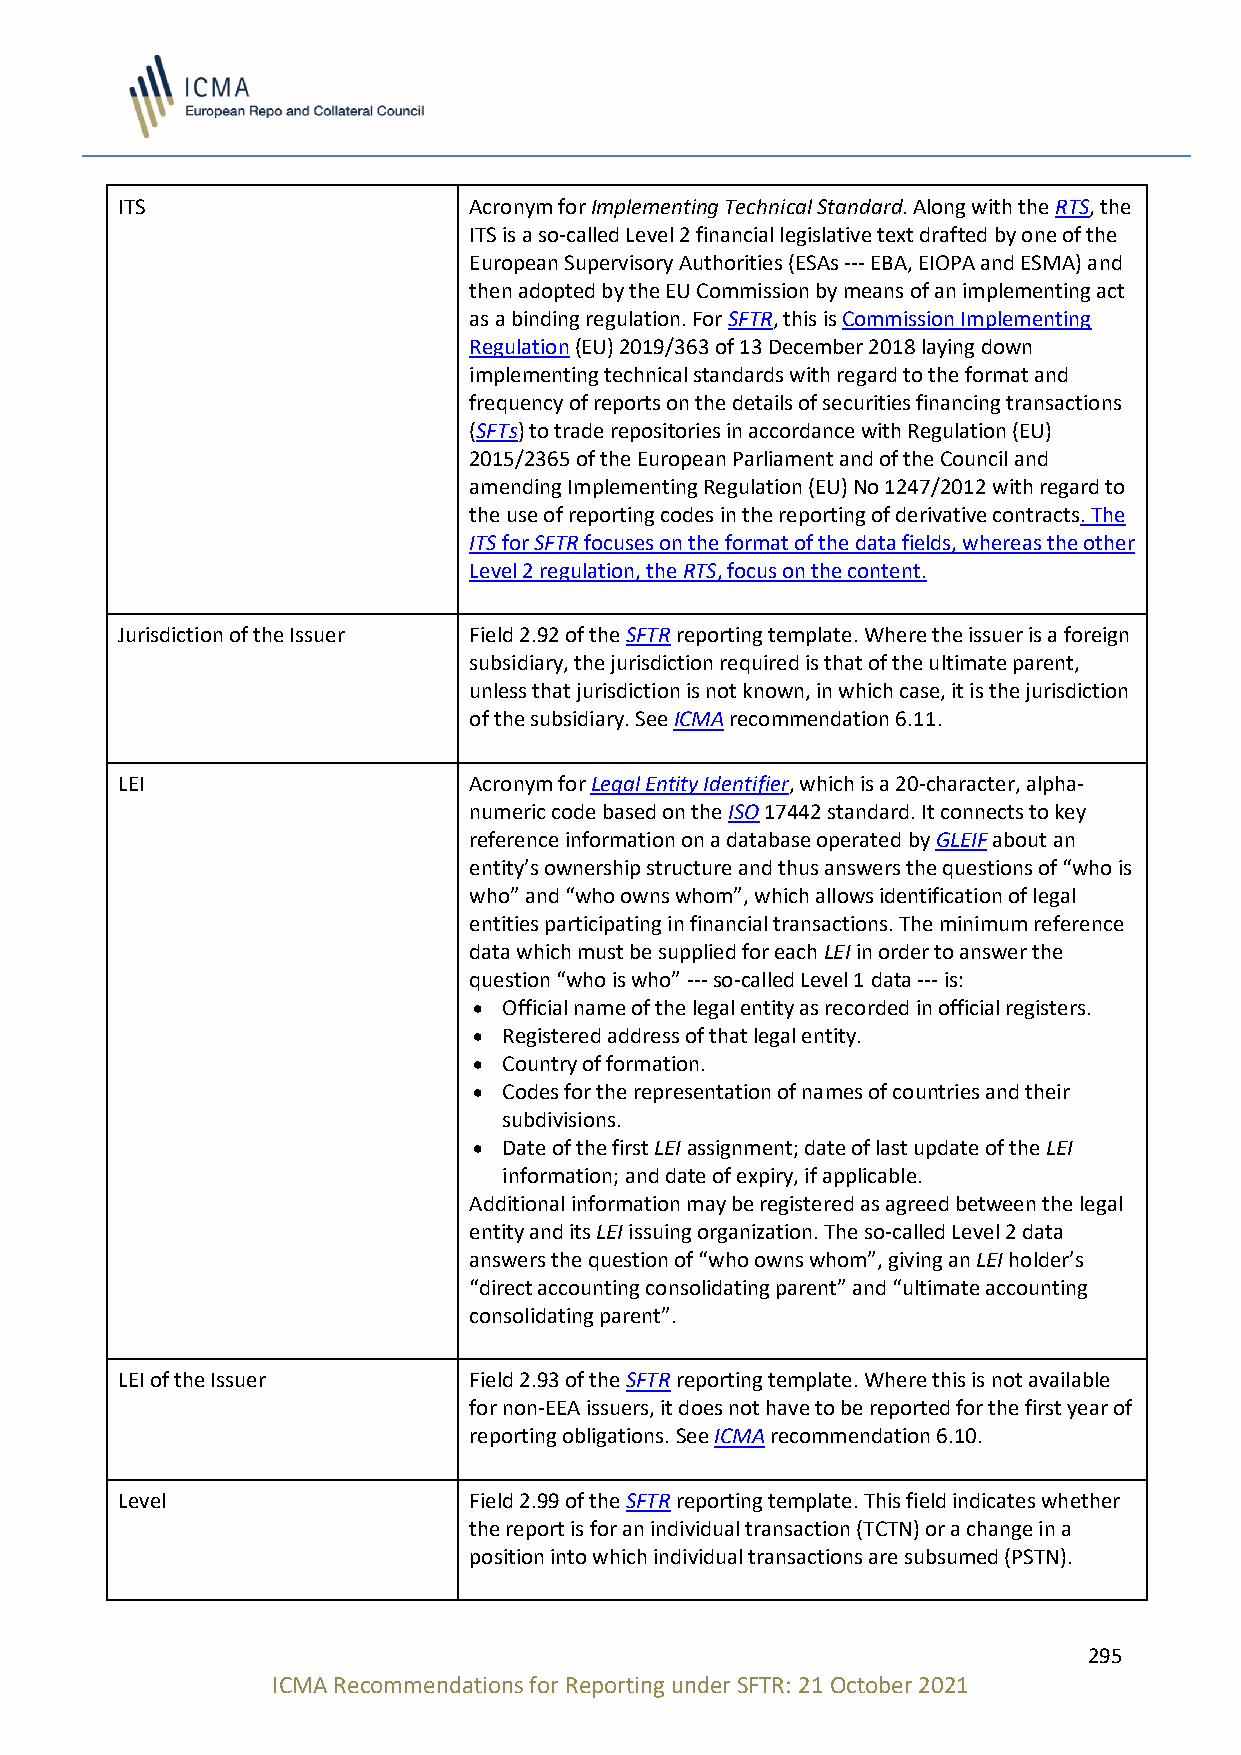
ITS                    Acronym for Implementing Technical Standard. Along with the RTS, the
 ITS is a so-called Level 2 financial legislative text drafted by one of the
 European Supervisory Authorities (ESAs --- EBA, EIOPA and ESMA) and
 then adopted by the EU Commission by means of an implementing act
 as a binding regulation. For SFTR, this is Commission Implementing
 Regulation (EU) 2019/363 of 13 December 2018 laying down
 implementing technical standards with regard to the format and
 frequency of reports on the details of securities financing transactions
 (SFTs) to trade repositories in accordance with Regulation (EU)
 2015/2365 of the European Parliament and of the Council and
 amending Implementing Regulation (EU) No 1247/2012 with regard to
 the use of reporting codes in the reporting of derivative contracts. The
 ITS for SFTR focuses on the format of the data fields, whereas the other
 Level 2 regulation, the RTS, focus on the content.
 Jurisdiction of the Issuer Field 2.92 of the SFTR reporting template. Where the issuer is a foreign
 subsidiary, the jurisdiction required is that of the ultimate parent,
 unless that jurisdiction is not known, in which case, it is the jurisdiction
 of the subsidiary. See ICMA recommendation 6.11.
 LEI                    Acronym for Legal Entity Identifier, which is a 20-character, alpha-
 numeric code based on the ISO 17442 standard. It connects to key
 reference information on a database operated by GLEIF about an
 entity’s ownership structure and thus answers the questions of “who is
 who” and “who owns whom”, which allows identification of legal
 entities participating in financial transactions. The minimum reference
 data which must be supplied for each LEI in order to answer the
 question “who is who” --- so-called Level 1 data --- is:
 • Official name of the legal entity as recorded in official registers.
 • Registered address of that legal entity.
 • Country of formation.
 • Codes for the representation of names of countries and their
 subdivisions.
 • Date of the first LEI assignment; date of last update of the LEI
 information; and date of expiry, if applicable.
 Additional information may be registered as agreed between the legal
 entity and its LEI issuing organization. The so-called Level 2 data
 answers the question of “who owns whom”, giving an LEI holder’s
 “direct accounting consolidating parent” and “ultimate accounting
 consolidating parent”.
 LEI of the Issuer      Field 2.93 of the SFTR reporting template. Where this is not available
 for non-EEA issuers, it does not have to be reported for the first year of
 reporting obligations. See ICMA recommendation 6.10.
 Level                  Field 2.99 of the SFTR reporting template. This field indicates whether
 the report is for an individual transaction (TCTN) or a change in a
 position into which individual transactions are subsumed (PSTN).
 295
 ICMA Recommendations for Reporting under SFTR: 21 October 2021